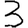
Digit: 3